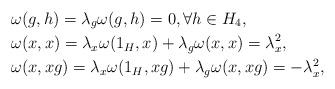
LaTeX: \begin{align*}& \omega (g,h) = \lambda_g \omega (g,h)=0, \forall h\in H_4 , \\&\omega (x,x) = \lambda_x \omega (1_H,x)+\lambda_g \omega (x,x)=\lambda_x^2 ,\\& \omega (x,xg) = \lambda_x \omega (1_H,xg) +\lambda_g \omega (x,xg)=-\lambda_x^2 ,\\\end{align*}